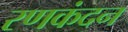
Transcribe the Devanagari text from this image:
रणकंदन